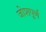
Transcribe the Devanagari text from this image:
जोशपुर्ण